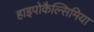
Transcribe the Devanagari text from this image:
हाइपोकैल्सिमिया